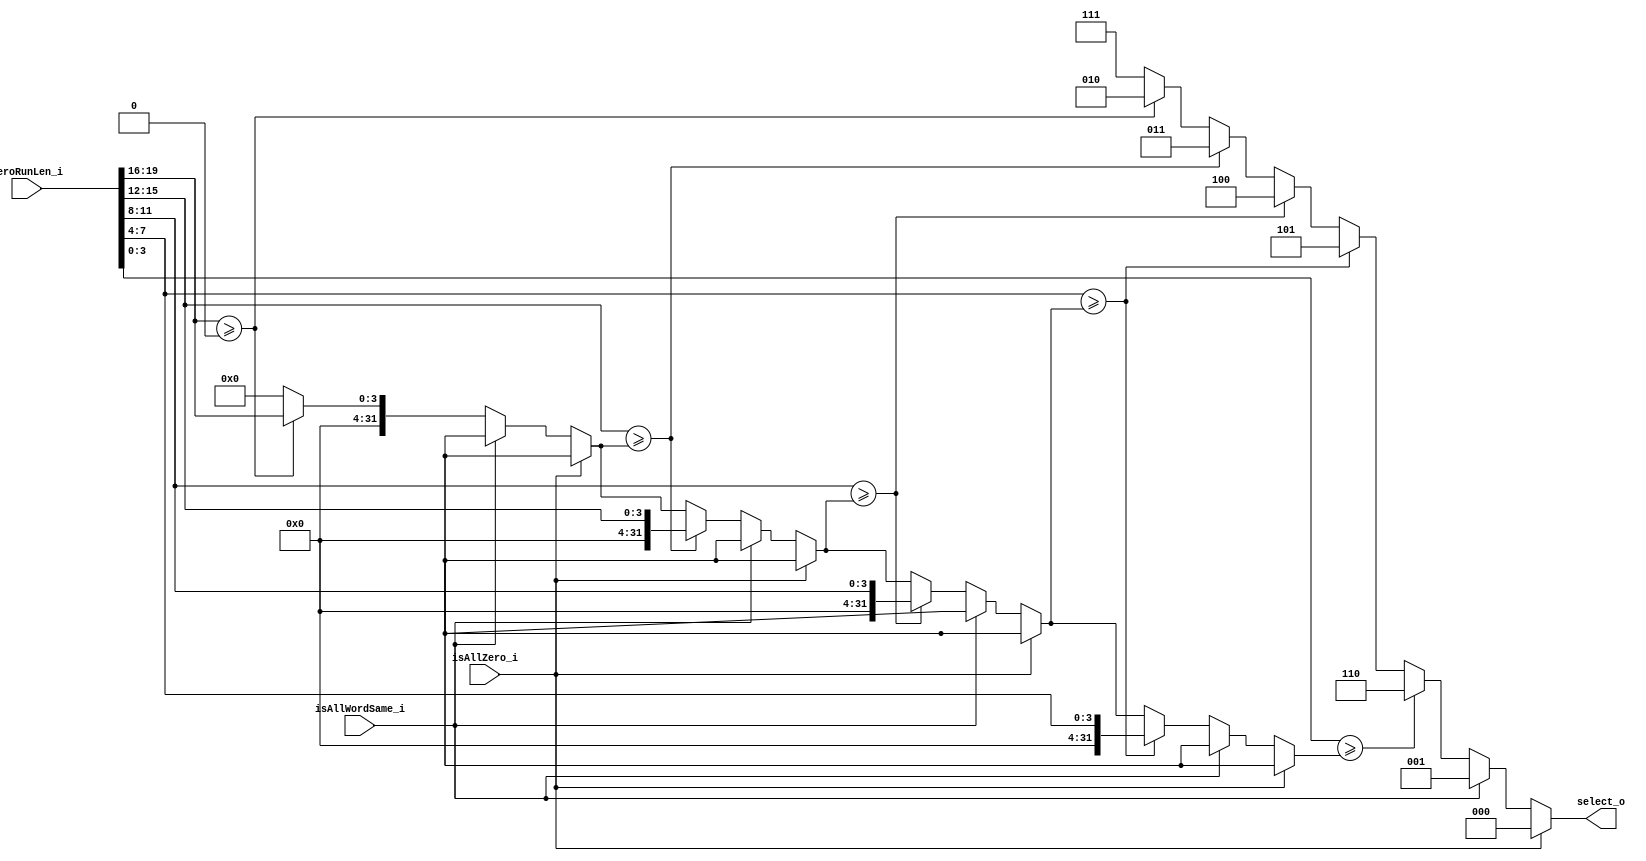
module MAXZRLSELECTOR #(
  parameter   NUM_PATTERNS = 8,
  parameter   NUM_FIRST_TRANSFORMER = 2,
  parameter   NUM_LAST_TRANSFORMER = 6
)(
  input   wire                                                          isAllZero_i,
  input   wire                                                          isAllWordSame_i,
  input   wire  [4*(NUM_LAST_TRANSFORMER-NUM_FIRST_TRANSFORMER+1)-1:0]  zeroRunLen_i,

  output  wire  [$clog2(NUM_PATTERNS)-1:0]                              select_o
);
  // synopsys template
  localparam NUM_TRANSFORMER = NUM_LAST_TRANSFORMER-NUM_FIRST_TRANSFORMER+1;
  localparam LEN_ENCODE      = $clog2(NUM_PATTERNS);

  // rename input
  wire  [3:0]   zeroRunLen  [NUM_FIRST_TRANSFORMER:NUM_LAST_TRANSFORMER];
  genvar i;
  generate
    for (i = NUM_FIRST_TRANSFORMER; i <= NUM_LAST_TRANSFORMER; i = i + 1) begin : input_rename
      assign zeroRunLen[i] = zeroRunLen_i[4*(NUM_TRANSFORMER-(i-NUM_FIRST_TRANSFORMER)) - 1 : 4*(NUM_TRANSFORMER-(i-NUM_FIRST_TRANSFORMER+1))];
    end
  endgenerate

  reg   [LEN_ENCODE-1:0]   select;

  integer j;
  integer max;
  always @(*) begin
    max = 0;
    select = NUM_PATTERNS - 1;
    if (isAllZero_i) begin
      select = 'd0;
    end
    else if (isAllWordSame_i) begin
      select = 'd1;
    end
    else begin
      // check max zrl
      for (j = NUM_FIRST_TRANSFORMER; j <= NUM_LAST_TRANSFORMER; j = j + 1) begin
        if (zeroRunLen[j] >= max) begin
          max = zeroRunLen[j];
          select = j;
        end
      end
    end
  end
  
  // assign output
  assign select_o = select;
endmodule